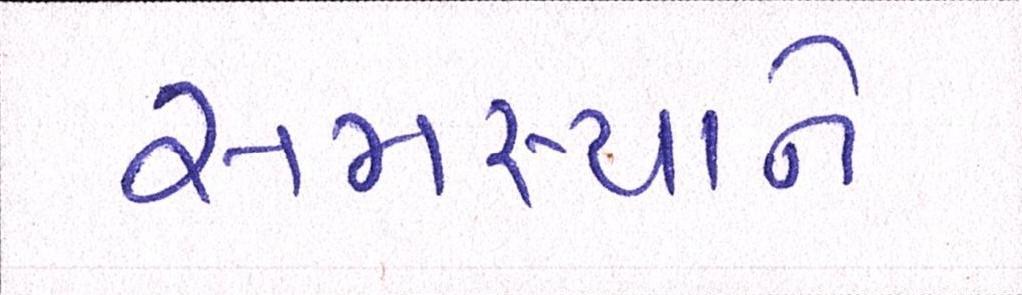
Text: સમસ્યાને